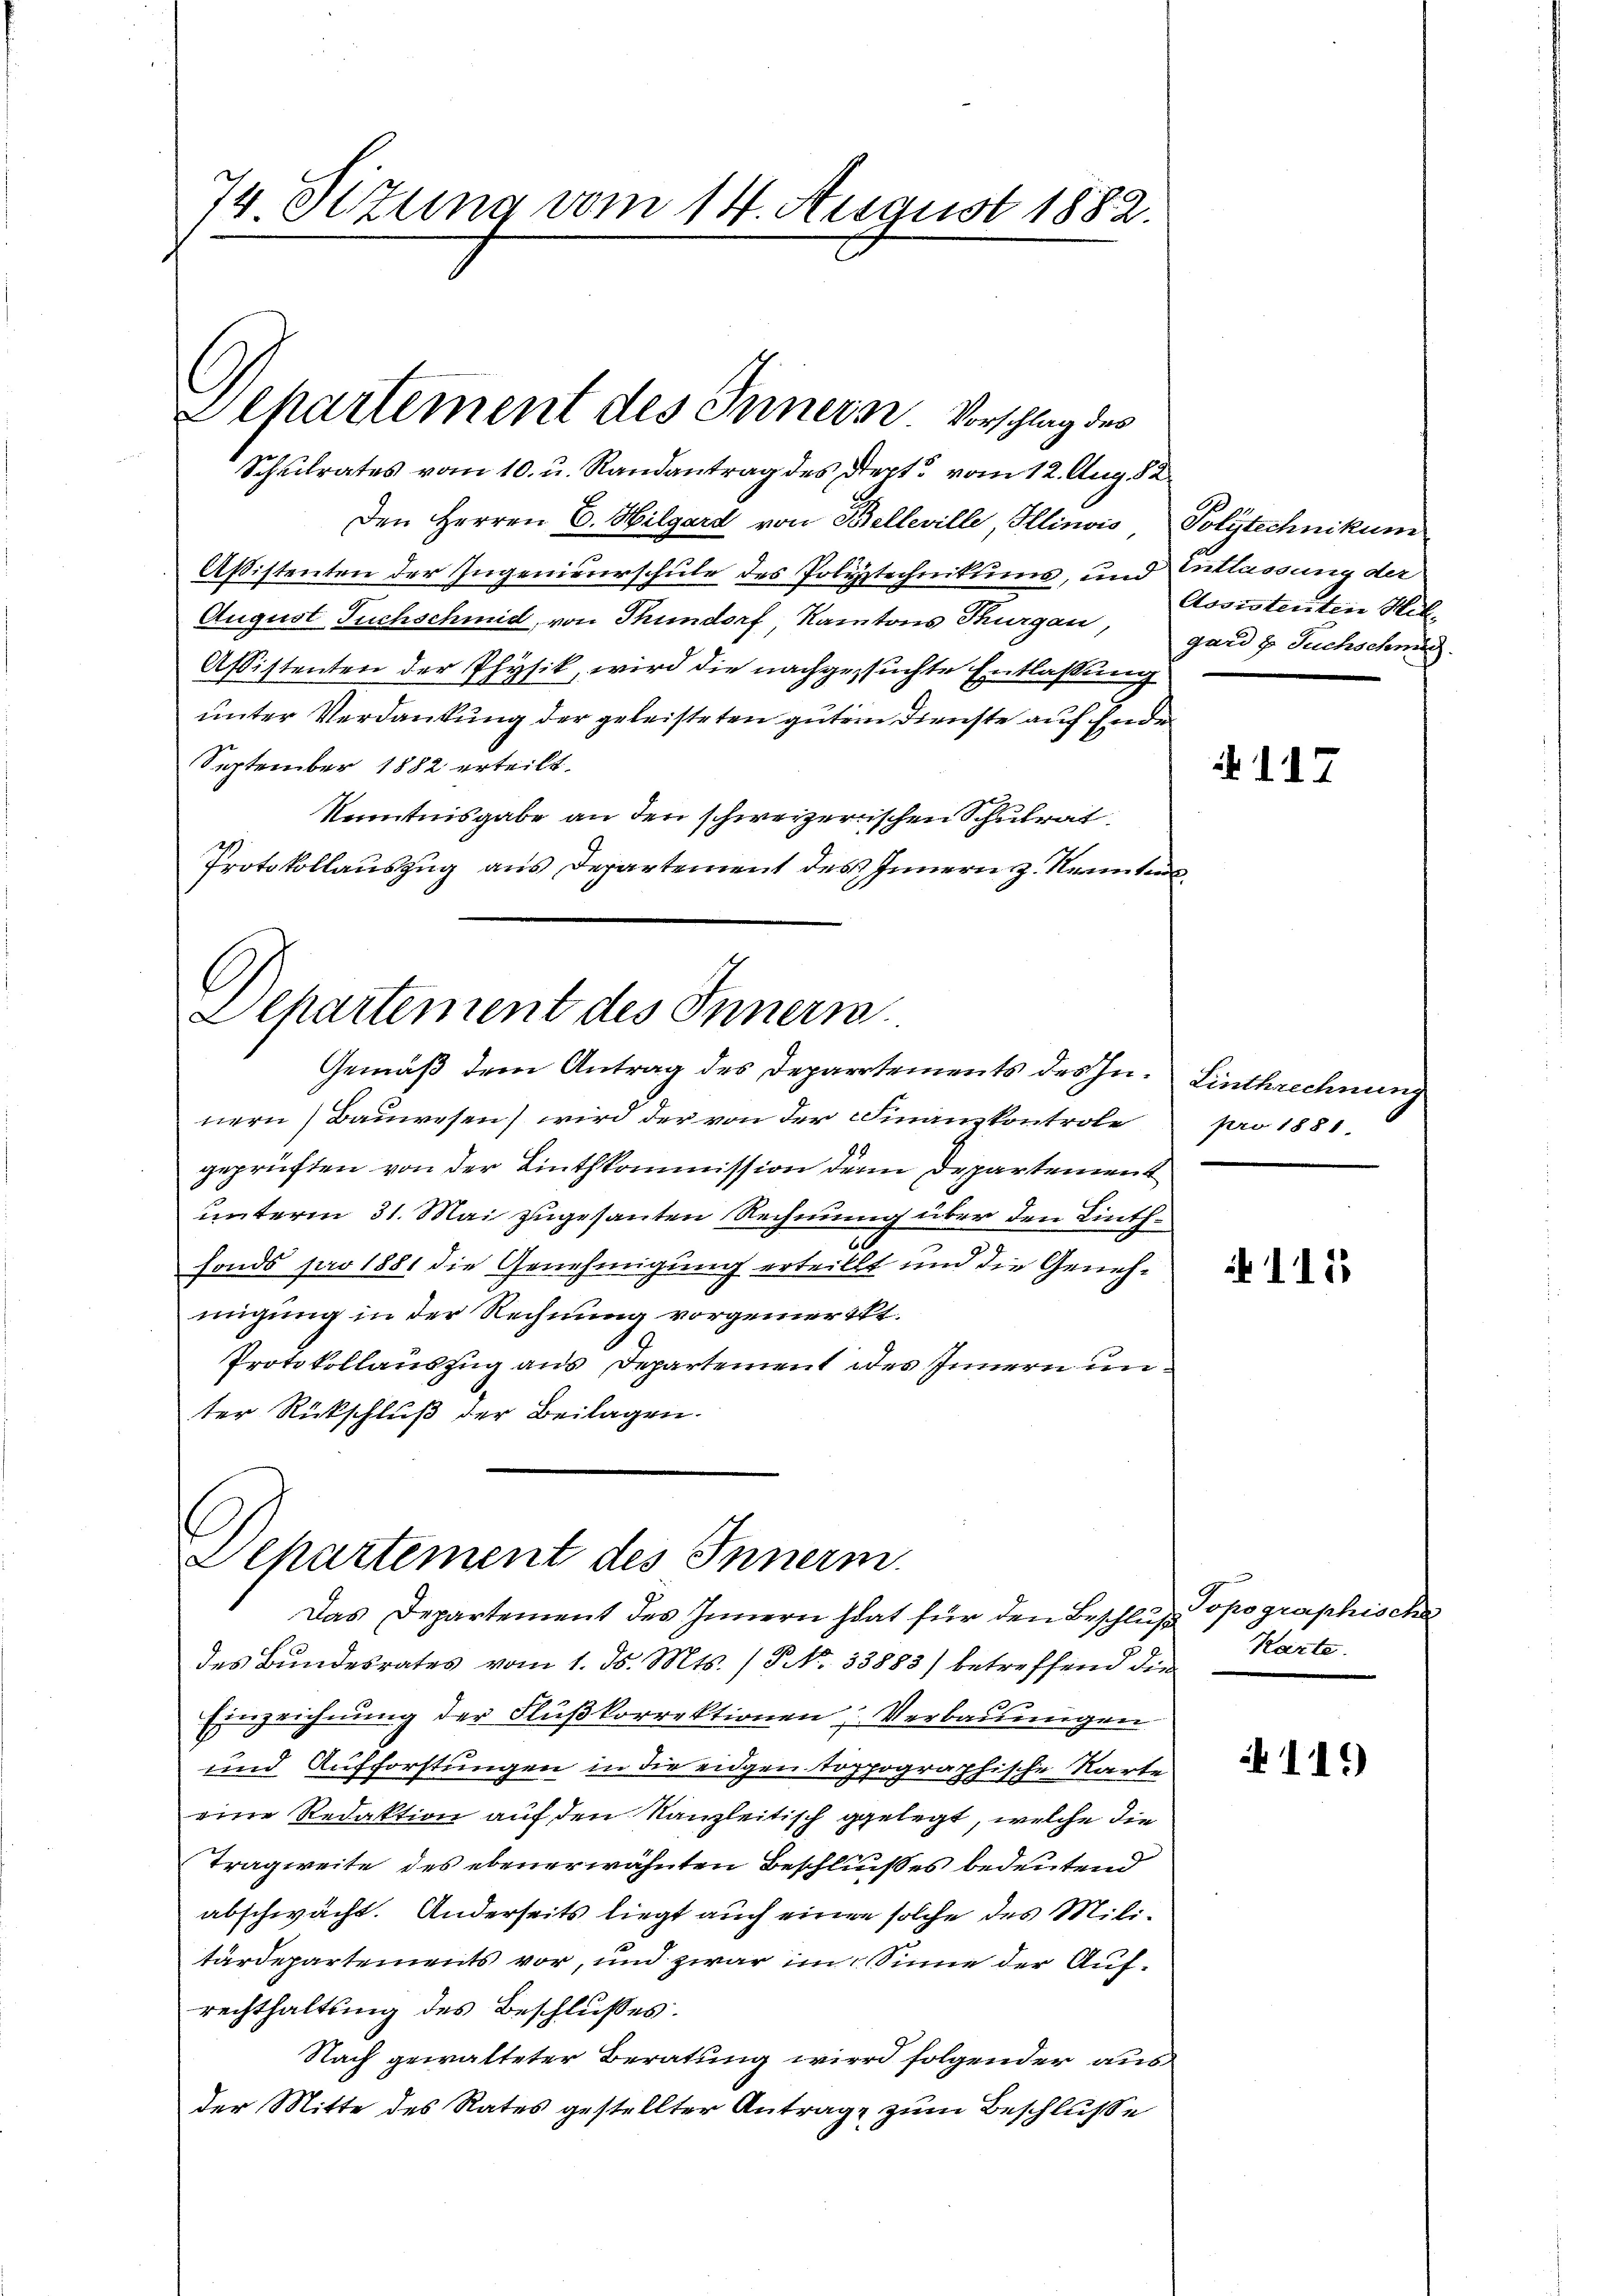
74 Sitzung vom 14. August 1882.

epartement des Innern Vorschlag des

Schulrates vom 10. u. Randantrag des Dept vom 12. Aug. 182
Den Herren E. Hilgard von Belleville, Illinois Polytechnikum
Assistenten der Ingenieurschule des Polytechnikums, und entlassung der
August Fuchschmid, von Thundorf, Kantons Thurgau, ganz Fuchschnis.
Assistenten der Physik, wird die nachgesuchte Entlassung
unter Verdankung der geleisteten gutem Dienste auf Ende
September 1882 erteilt.
Kenntnisgabe an den schweizerischen Schulrat
Protokollauszug aus Departement des Innern z. Kennten

Departement des Innern.
Gemäß dem Antrag des Departements des In¬

Separtement des Innerm
Das Departement des Innern hat für den Beschluß

nern Bauwesen) wird der von der Finanzkontrole
geprüften von der Linthkommission der Departement
unterm 31. Mai zugesanten Rechnung über den Linthfonds pro 1881 die Genehmigung erteillt und die Genehmigung in der Rechnung vorgemerkt.
Protokollauszug aus Departement des Innern unter Rückschluß der Beilagen.

Assistenten Hit

des Bundesrates vom 1. ds. Mts. / NNo. 33888) betreffend die
Einzeichnung der Flußkorrektionen Verbauungen
und Aufforstungen in die eidgen toppographische Karte
eine Redaktion auf den Kanzleitisch gelegt, welche die
Tragweite des ebenerwähnten Beschlußes bedeutend
abschwacht. Anderseits liegt auch einen solche des Militärdepartements vor, und zwar im Sinne der Aufrechthaltung des Beschlußes.
Nach gewalteter Beratung wird folgender aus
der Mitte des Rates gestellter Antrage zum Beschlusse

117

Linthrechnung
pro 1881.

115

Topographische
Karte.

115)